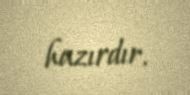
hazırdır.